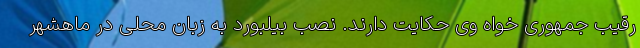
رقیب جمهوری خواه وی حکایت دارند. نصب بیلبورد به زبان محلی در ماهشهر